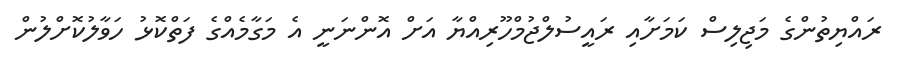
ރައްޔިތުންގެ މަޖިލިސް ކަމަށާއި ރައީސުލްޖުމްހޫރިއްޔާ އަށް އޮންނަނީ އެ މަގާމެއްގެ ފަތްކޮޅު ހަވާލުކޮށްލުން